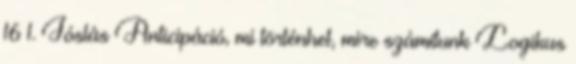
16 1. Jóslás Anticipáció, mi történhet, mire számítunk Logikus